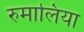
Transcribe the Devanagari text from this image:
रुमालिया